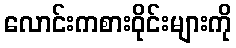
လောင်းကစားဝိုင်းများကို